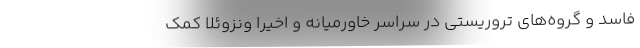
فاسد و گروه‌های تروریستی در سراسر خاورمیانه و اخیراً ونزوئلا کمک